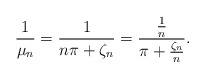
\begin{align*}\frac{1}{\mu_n}= \frac{1}{n\pi +\zeta_n}= \frac{\frac{1}{n}}{\pi+\frac{\zeta_n}{n}}.\end{align*}